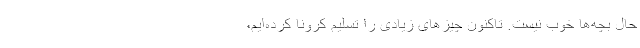
حال بچه‌ها خوب نیست. تاکنون چیزهای زیادی را تسلیم کرونا کرده‌ایم،